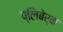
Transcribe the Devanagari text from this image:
प्लिबेर्क